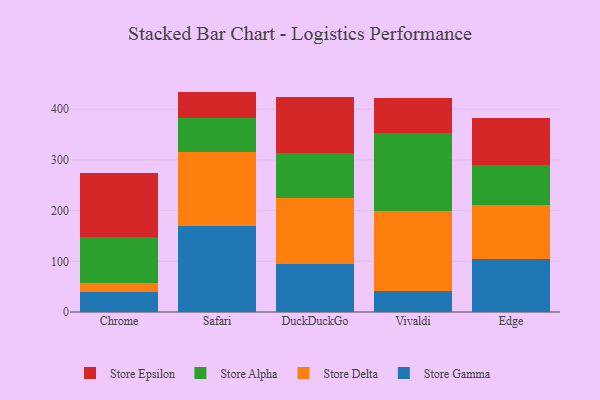
{"axis": {"x": "Browser", "y": "Operating Costs (USD K)"}, "legend": ["Store Alpha", "Store Delta", "Store Epsilon", "Store Gamma"], "data": [{"x": "Chrome", "y": 39.5, "type": "Store Gamma"}, {"x": "Chrome", "y": 16.9, "type": "Store Delta"}, {"x": "Chrome", "y": 91.2, "type": "Store Alpha"}, {"x": "Chrome", "y": 127.5, "type": "Store Epsilon"}, {"x": "Safari", "y": 168.8, "type": "Store Gamma"}, {"x": "Safari", "y": 147.3, "type": "Store Delta"}, {"x": "Safari", "y": 65.6, "type": "Store Alpha"}, {"x": "Safari", "y": 53.0, "type": "Store Epsilon"}, {"x": "DuckDuckGo", "y": 93.9, "type": "Store Gamma"}, {"x": "DuckDuckGo", "y": 131.6, "type": "Store Delta"}, {"x": "DuckDuckGo", "y": 87.9, "type": "Store Alpha"}, {"x": "DuckDuckGo", "y": 110.1, "type": "Store Epsilon"}, {"x": "Vivaldi", "y": 41.5, "type": "Store Gamma"}, {"x": "Vivaldi", "y": 158.7, "type": "Store Delta"}, {"x": "Vivaldi", "y": 153.6, "type": "Store Alpha"}, {"x": "Vivaldi", "y": 67.9, "type": "Store Epsilon"}, {"x": "Edge", "y": 104.2, "type": "Store Gamma"}, {"x": "Edge", "y": 107.8, "type": "Store Delta"}, {"x": "Edge", "y": 77.7, "type": "Store Alpha"}, {"x": "Edge", "y": 92.1, "type": "Store Epsilon"}]}